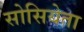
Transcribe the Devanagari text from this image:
सोसियेता